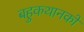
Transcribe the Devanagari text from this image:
बहुकथानकों